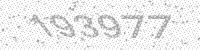
Solution: 193977